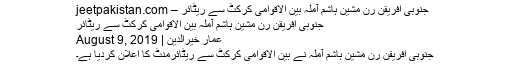
جنوبی افریقن رن مشین ہاشم آملہ بین الاقوامی کرکٹ سے ریٹائر – jeetpakistan.com
جنوبی افریقن رن مشین ہاشم آملہ بین الاقوامی کرکٹ سے ریٹائر
عمار خیرالدین | August 9, 2019
جنوبی افریقن رن مشین ہاشم آملہ نے بین الاقوامی کرکٹ سے ریٹائرمنٹ کا اعلان کردیا ہے۔